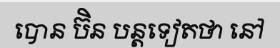
បោន ប៊ិន បន្តទៀតថា នៅ